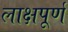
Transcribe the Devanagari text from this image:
लाक्षपूर्ण